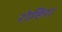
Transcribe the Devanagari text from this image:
रोहिरा